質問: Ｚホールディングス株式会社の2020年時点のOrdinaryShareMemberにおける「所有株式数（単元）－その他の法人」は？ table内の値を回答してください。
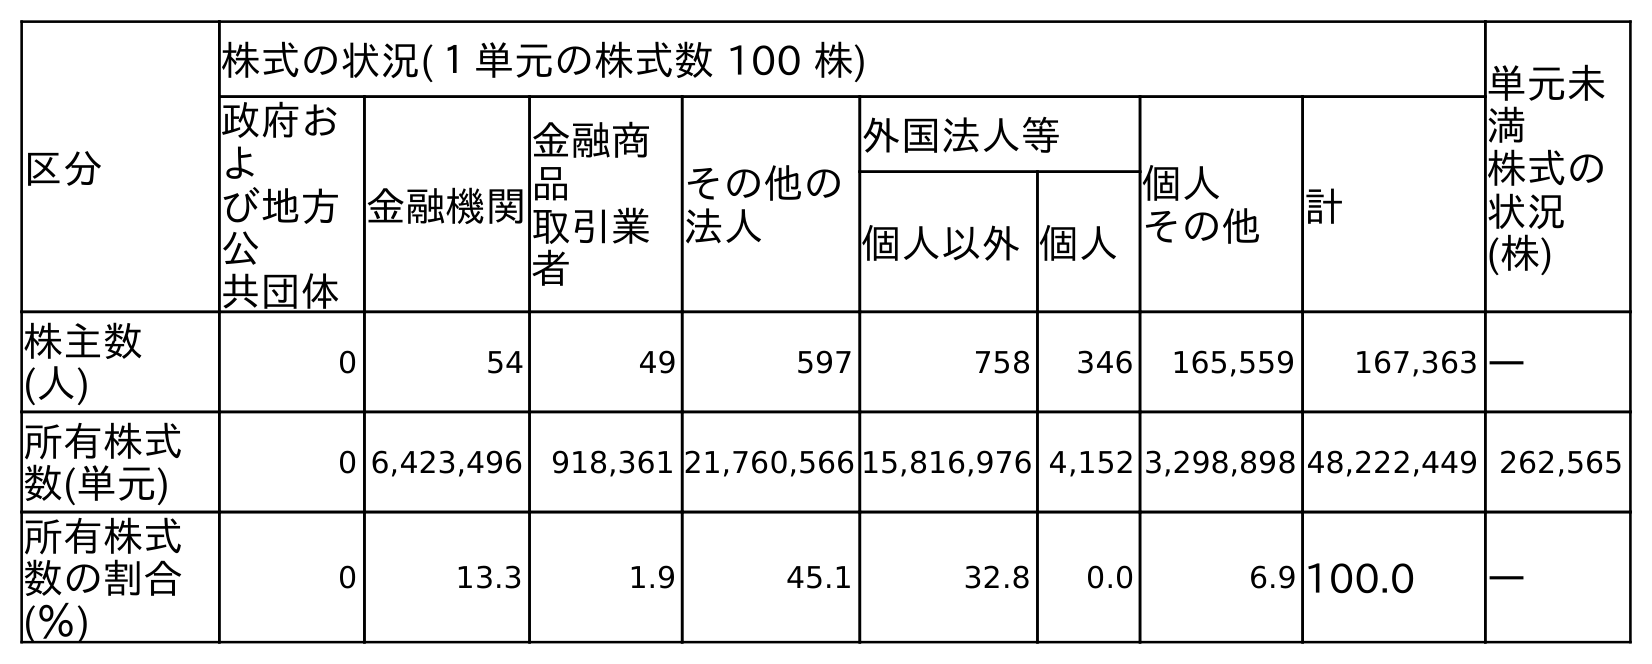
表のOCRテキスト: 区分 株式の状況(１単元の株式数 100 株) 単元未 満 株式の 状況 (株) 政府お よ び地方 公 共団体 金融機関 金融商 品 取引業 者 その他の 法人 外国法人等 個人 その他 計 個人以外個人 株主数 (人) 0 54 49 597 758 346 165,559 167,363 ― 所有株式 数(単元) 0 6,423,496 918,361 21,760,566 15,816,976 4,152 3,298,898 48,222,449 262,565 所有株式 数の割合 (％) 0 13.3 1.9 45.1 32.8 0.0 6.9 100.0 ―
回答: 21,760,566